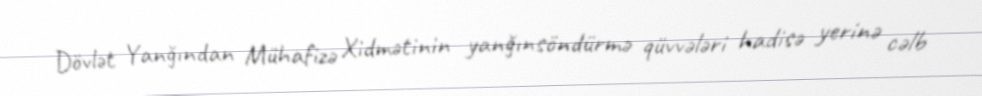
Dövlət Yanğından Mühafizə Xidmətinin yanğınsöndürmə qüvvələri hadisə yerinə cəlb